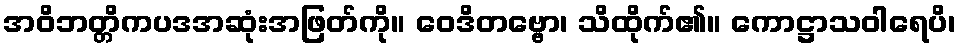
အဝိဘတ္တိကပဒအဆုံးအဖြတ်ကို။ ဝေဒိတဗ္ဗော၊ သိထိုက်၏။ ကောဋ္ဌာသဝါရေပိ၊